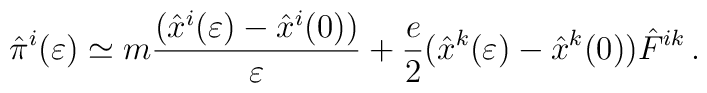
{\hat \pi}^i(\varepsilon)\simeq m{({\hat x}^i(\varepsilon)-{\hat x}^i(0))\over \varepsilon}+{e\over 2}({\hat x}^k(\varepsilon)-{\hat x}^k(0)){\hat F}^{ik}\,.